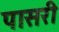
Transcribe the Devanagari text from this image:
पासरी